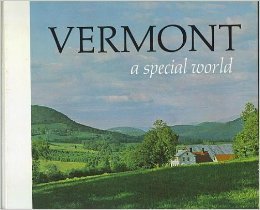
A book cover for Vermont: A Special World; Ralph N. Hill; Travel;